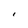
Character: 1